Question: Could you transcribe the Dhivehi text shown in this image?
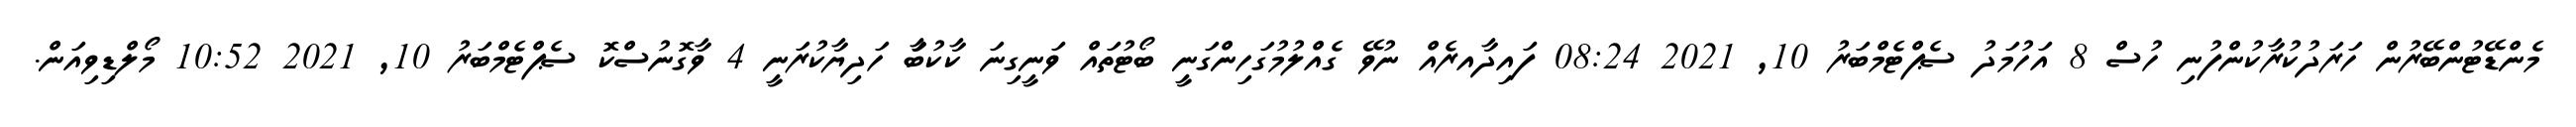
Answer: މެންޑޭޓުންބޭރުން ހަރަދުކުރާކުންފުނި ހުސް 8 އަހުމަދު ސެޕްޓެމްބަރު 10, 2021 08:24 ފައިދާއރެއް ނުވޭ ގެއްލުމުގަހިންގަނީ ބޯޓުތައް ވަނީގިނަ ކާކުބަާ ހަދިޔާކުރަނީ 4 ވާގޮނުސްކޮ ސެޕްޓެމްބަރު 10, 2021 10:52 މޯލްޑިވިއަން.